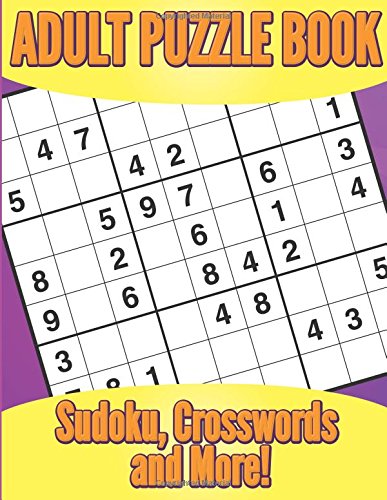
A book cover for Adult Puzzle Book: Sudoku, Crosswords and More!; My Day Books; Humor & Entertainment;